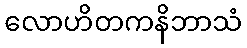
လောဟိတကနိဘာသံ